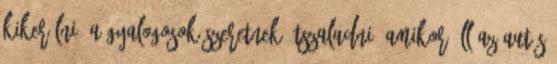
kikerülni. A gyalogosok szeretnek átszaladni, amikor áll az autós